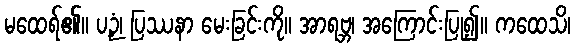
မထေရ်၏။ ပဉှံ၊ ပြဿနာ မေးခြင်းကို။ အာရဗ္ဘ၊ အကြောင်းပြု၍။ ကထေသိ၊